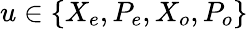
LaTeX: u\in\{ X_{e},P_{e},X_{o},P_{o}\}